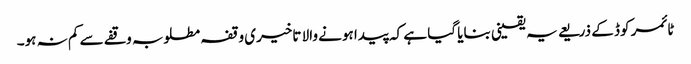
ٹائمر کوڈ کے ذریعے یہ یقینی بنایا گیا ہے کہ پیدا ہونے والا تاخیری وقفہ مطلوبہ وقفے سے کم نہ ہو۔